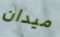
ميدان